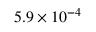
5 . 9 \times 1 0 ^ { - 4 }